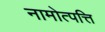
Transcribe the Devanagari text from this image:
नामोत्पत्ति